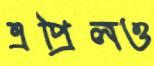
এপ্রিলও